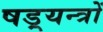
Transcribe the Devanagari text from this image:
षड़्यन्त्रों